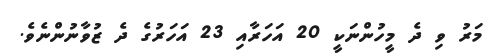
މަރު ވި ދެ މީހުންނަކީ 20 އަހަރާއި 23 އަހަރުގެ ދެ ޒުވާނުންނެވެ.